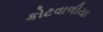
કોટવાળીયા